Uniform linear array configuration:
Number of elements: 12
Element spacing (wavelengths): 0.75
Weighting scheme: kaiser
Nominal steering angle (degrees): -30
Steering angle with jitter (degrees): -28.678
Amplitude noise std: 0.05
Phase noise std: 0.05

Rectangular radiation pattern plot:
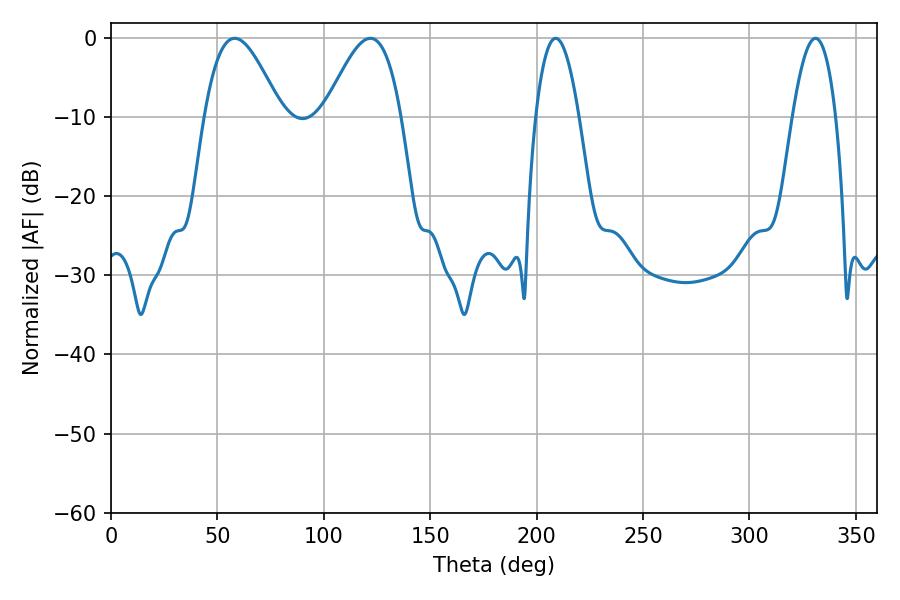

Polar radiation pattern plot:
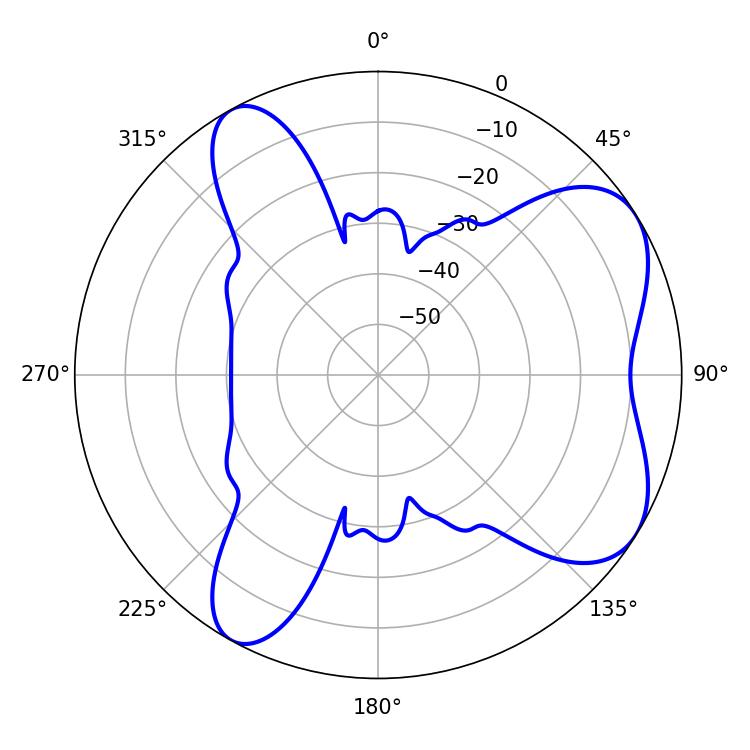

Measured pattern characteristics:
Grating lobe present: TRUE
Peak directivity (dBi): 6.421
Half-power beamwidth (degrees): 19.44
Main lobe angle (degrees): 58.14